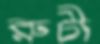
রুচী